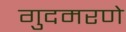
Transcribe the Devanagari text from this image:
गुदमरणे